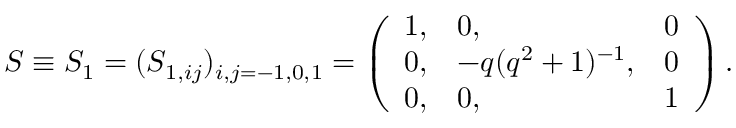
S \equiv S _ { 1 } = ( S _ { 1 , i j } ) _ { i , j = - 1 , 0 , 1 } = \left( \begin{array} { l l l } { { 1 , } } & { { 0 , } } & { { 0 } } \\ { { 0 , } } & { { - q ( q ^ { 2 } + 1 ) ^ { - 1 } , } } & { { 0 } } \\ { { 0 , } } & { { 0 , } } & { { 1 } } \end{array} \right) .